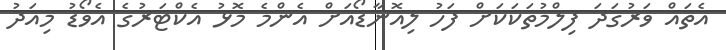
އެތައް ވަރުގަދަ ފިލްމުތަކަކަށް ފަހު ލިއޮނާޑޯއަށް އެންމެ މޮޅު އެކްޓަރުގެ އެވޯޑު މިއަދު